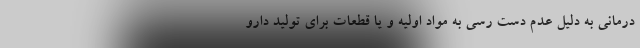
درمانی به دلیل عدم دست رسی به مواد اولیه و یا قطعات برای تولید دارو